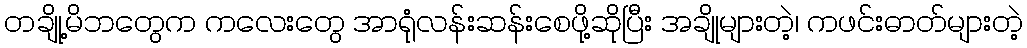
တချို့မိဘတွေက ကလေးတွေ အာရုံလန်းဆန်းစေဖို့ဆိုပြီး အချိုများတဲ့၊ ကဖင်းဓာတ်များတဲ့